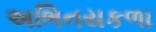
અભિનયકળા